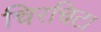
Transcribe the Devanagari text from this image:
चिरचिटा